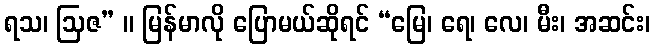
ရသ၊ ဩဇ” ။ မြန်မာလို ပြောမယ်ဆိုရင် “မြေ၊ ရေ၊ လေ၊ မီး၊ အဆင်း၊